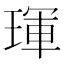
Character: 琿